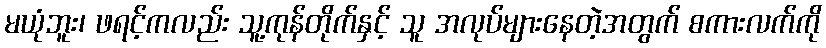
မယုံဘူး၊ ဖရင့်ကလည်း သူ့ကုန်တိုက်နှင့် သူ အလုပ်များနေတဲ့အတွက် စကားလက်ကို